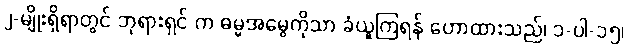
၂-မျိုးရှိရာတွင် ဘုရားရှင် က ဓမ္မအမွေကိုသာ ခံယူကြရန် ဟောထားသည်၊ ၁-ပါ-၁၅၊